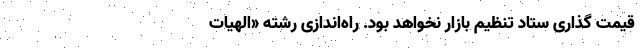
قیمت‌ گذاری ستاد تنظیم بازار نخواهد بود. راه‌اندازی رشته «الهیات